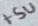
Text: +5V